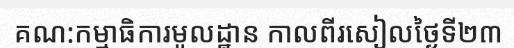
គណ:កម្មាធិការមូលដ្ឋាន កាលពីរសៀលថ្ងៃទី២៣